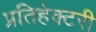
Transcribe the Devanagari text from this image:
प्रतिहेक्टरी